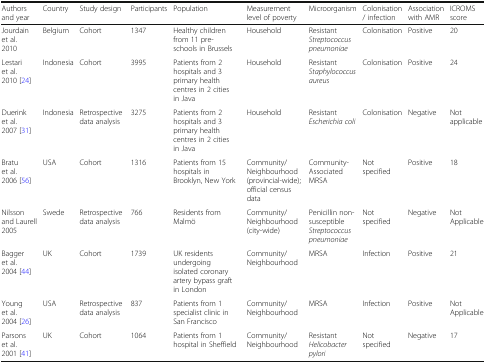
<table><thead><tr><td><b>Authors and year</b></td><td><b>Country</b></td><td><b>Study design</b></td><td><b>Participants</b></td><td><b>Population</b></td><td><b>Measurement level of poverty</b></td><td><b>Microorganism</b></td><td><b>Colonisation / infection</b></td><td><b>Association with AMR</b></td><td><b>ICROMS score</b></td></tr></thead><tbody><tr><td>Jourdain et al. 2010</td><td>Belgium</td><td>Cohort</td><td>1347</td><td>Healthy children from 11 pre-schools in Brussels</td><td>Household</td><td>Resistant <i>Streptococcus pneumoniae</i></td><td>Colonisation</td><td>Positive</td><td>20</td></tr><tr><td>Lestari et al. 2010 [24]</td><td>Indonesia</td><td>Cohort</td><td>3995</td><td>Patients from 2 hospitals and 3 primary health centres in 2 cities in Java</td><td>Household</td><td>Resistant <i>Staphylococcus aureus</i></td><td>Colonisation</td><td>Positive</td><td>24</td></tr><tr><td>Duerink et al. 2007 [31]</td><td>Indonesia</td><td>Retrospective data analysis</td><td>3275</td><td>Patients from 2 hospitals and 3 primary health centres in 2 cities in Java</td><td>Household</td><td>Resistant <i>Escherichia coli</i></td><td>Colonisation</td><td>Negative</td><td>Not applicable</td></tr><tr><td>Bratu et al. 2006 [56]</td><td>USA</td><td>Cohort</td><td>1316</td><td>Patients from 15 hospitals in Brooklyn, New York</td><td>Community/Neighbourhood (provincial-wide); official census data</td><td>Community-Associated MRSA</td><td>Not specified</td><td>Positive</td><td>18</td></tr><tr><td>Nilsson and Laurell 2005</td><td>Swede</td><td>Retrospective data analysis</td><td>766</td><td>Residents from Malmö</td><td>Community/Neighbourhood (city-wide)</td><td>Penicillin non-susceptible<i>Streptococcus pneumoniae</i></td><td>Not specified</td><td>Negative</td><td>Not Applicable</td></tr><tr><td>Bagger et al. 2004 [44]</td><td>UK</td><td>Cohort</td><td>1739</td><td>UK residents undergoing isolated coronary artery bypass graft in London</td><td>Community/Neighbourhood</td><td>MRSA</td><td>Infection</td><td>Positive</td><td>21</td></tr><tr><td>Young et al. 2004 [26]</td><td>USA</td><td>Retrospective data analysis</td><td>837</td><td>Patients from 1 specialist clinic in San Francisco</td><td>Community/Neighbourhood</td><td>MRSA</td><td>Infection</td><td>Positive</td><td>Not Applicable</td></tr><tr><td>Parsons et al. 2001 [41]</td><td>UK</td><td>Cohort</td><td>1064</td><td>Patients from 1 hospital in Sheffield</td><td>Community/Neighbourhood</td><td>Resistant <i>Helicobacter pylori</i></td><td>Not specified</td><td>Negative</td><td>17</td></tr></tbody></table>